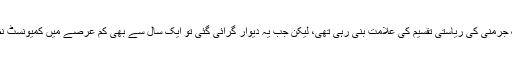
سرد جنگ کے دور میں یہی دیوارِ برلن عشروں تک جرمنی کی ریاستی تقسیم کی علامت بنی رہی تھی، لیکن جب یہ دیوار گرائی گئی تو ایک سال سے بھی کم عرصے میں کمیونسٹ نظام حکومت والی مشرقی جرمن ریاست ناپید ہو گئی۔